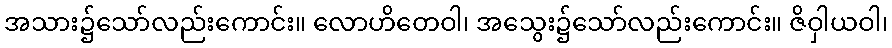
အသား၌သော်လည်းကောင်း။ လောဟိတေဝါ၊ အသွေး၌သော်လည်းကောင်း။ ဇိဝှါယဝါ၊